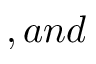
, a n d